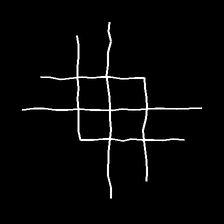
Glyph: crystal